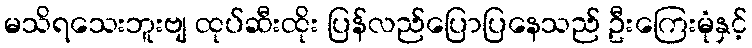
မသိရသေးဘူးဗျ ထုပ်ဆီးထိုး ပြန်လည်ပြောပြနေသည် ဦးကြေးမုံနှင့်